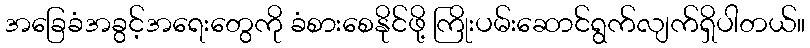
အခြေခံအခွင့်အရေးတွေကို ခံစားစေနိုင်ဖို့ ကြိုးပမ်းဆောင်ရွက်လျက်ရှိပါတယ်။